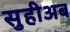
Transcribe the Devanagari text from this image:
सुहीअब